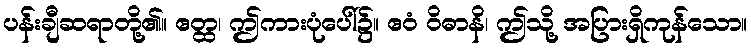
ပန်းချီဆရာတို့၏။ ဧတ္ထ၊ ဤကားပုံပေါ်၌။ ဧဝံ ဝိဓာနိ၊ ဤသို့ အပြားရှိကုန်သော။